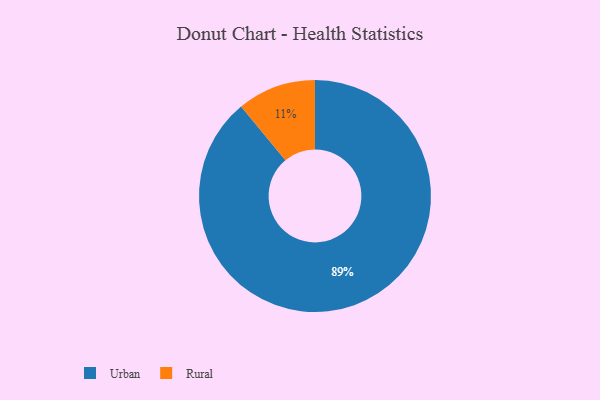
{"axis": {"x": "Category", "y": "Percentage"}, "legend": ["Rural", "Urban"], "data": [{"x": "Urban", "y": 89, "type": "Urban"}, {"x": "Rural", "y": 11, "type": "Rural"}]}